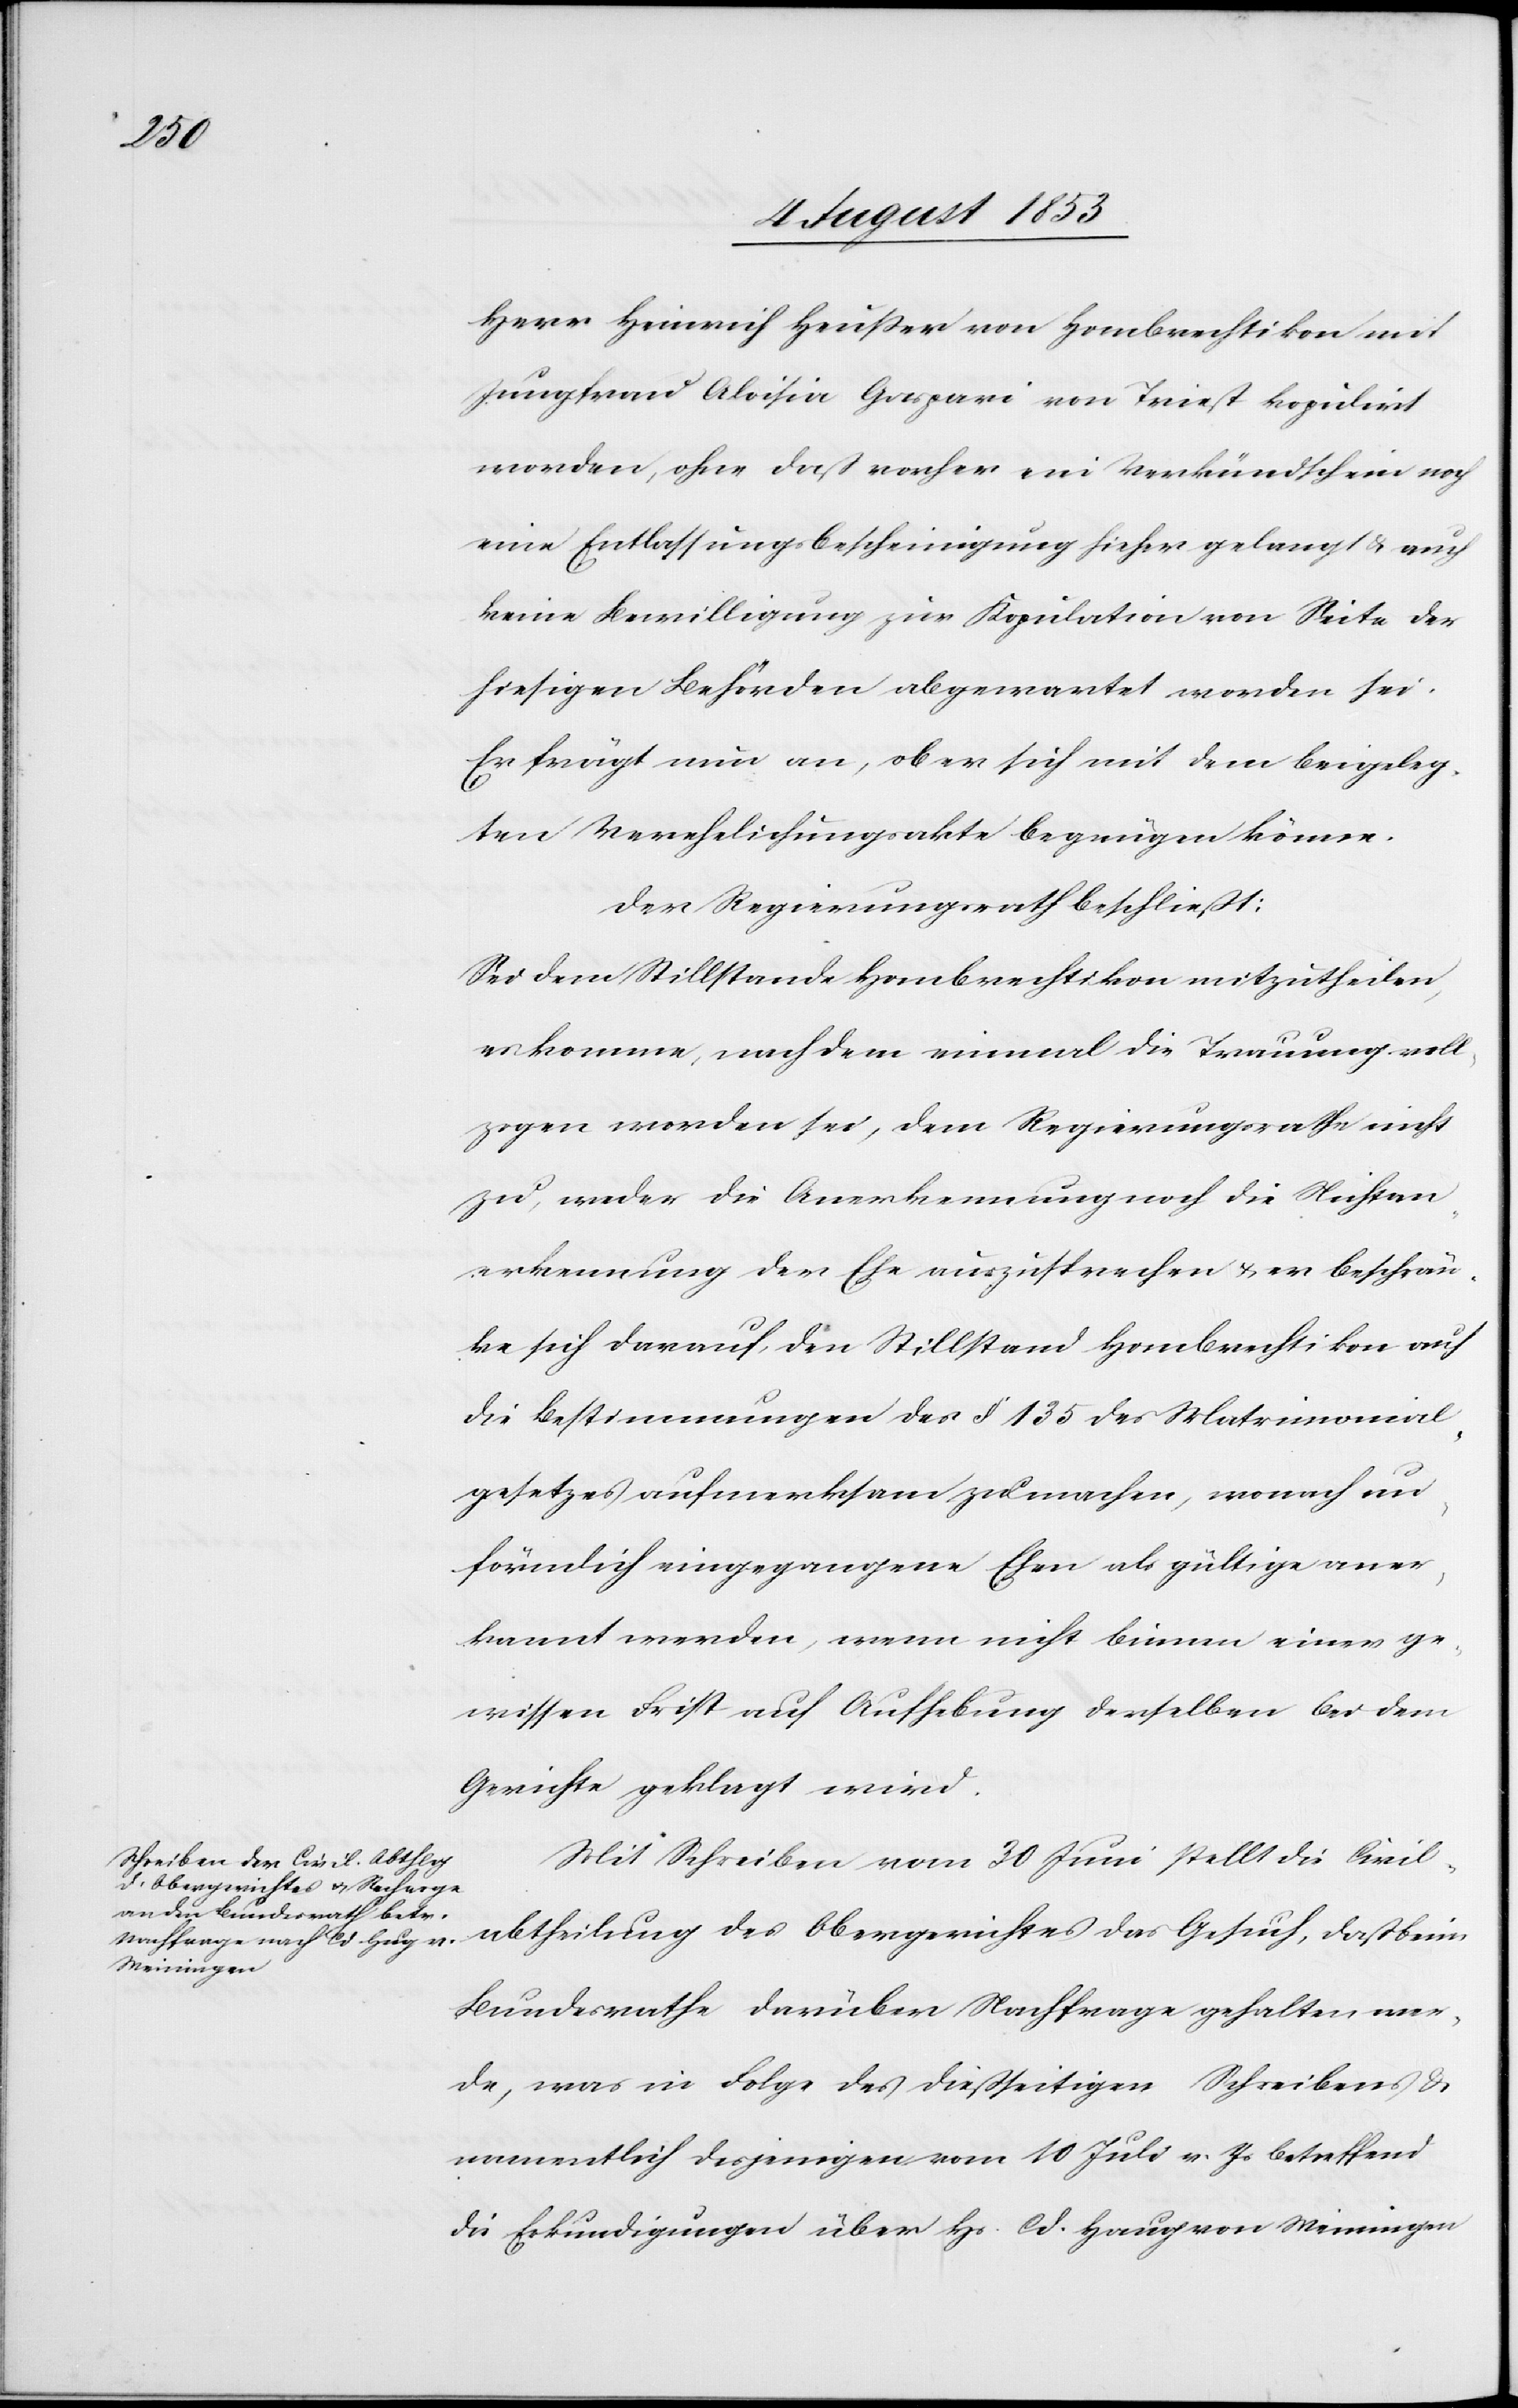
Herr Heinrich Heußer von Hombrechtikon mit
Jungfrau Aloisia Gargani von Triest kopulirt
worden, ohne daß vorher ein Verkündschein noch
eine Entlassungsbescheinigung hieher gelangt u. auch
keine Bewilligung zur Kopulation von Seite der
hiesigen Behörden abgewartet worden sei.
Er frägt nun an, ob er sich mit der beigeleg¬
ten Verehelichungsakte begnügen könne.
Der Regierungsrath beschließt:
Sei dem Stillstande Hombrechtikon mitzutheilen,
es komme, nach dem einmal die Trauung voll¬
zogen worden sei, dem Regierungsrathe nicht
zu, weder die Anerkennung noch die Nichtan¬
erkennung der Ehe auszusprechen u. er beschrän¬
ke sich darauf, den Stillstand Hombrechtikon auf
die Bestimmungen des § 135 des Matrimonial¬
gesetzes aufmerksam zu machen, wonach un¬
förmlich eingegangene Ehen als gültige aner¬
kannt werden, wenn nicht binnen einer ge¬
wissen Frist auf Aufhebung derselben bei dem
Gerichte geklagt wird.
Mit Schreiben vom 30 Juni stellt die Civil¬
abtheilung des Obergerichtes das Gesuch, daß beim
Bundesrathe darüber Nachfrage gehalten wer¬
de, was in Folge des dießseitigen Schreibens u.
namentlich desjenigen vom 10 Juli v. Js. betreffend
die Erkundigungen über Hs. Cd. Haug von Meiningen